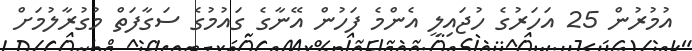
އުމުރުން 25 އަހަރުގެ ހުޖައިލީ އެންމެ ފަހުން އޭނާގެ ގައުމުގެ ސަގާފަތް މުގުރާލުމަށް